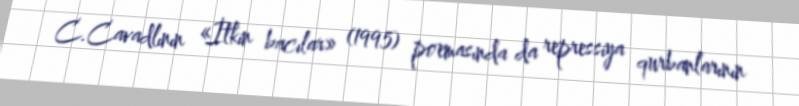
C.Cavadlının «İtkin bacılar» (1995) poemasında da repressiya qurbanlarının